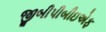
જીબીપીબીઇએફ